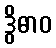
ဒွိဓာဝ